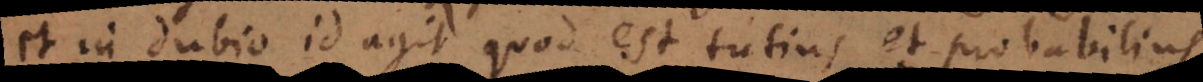
et in dubio id agit quod est tutius et probabilius